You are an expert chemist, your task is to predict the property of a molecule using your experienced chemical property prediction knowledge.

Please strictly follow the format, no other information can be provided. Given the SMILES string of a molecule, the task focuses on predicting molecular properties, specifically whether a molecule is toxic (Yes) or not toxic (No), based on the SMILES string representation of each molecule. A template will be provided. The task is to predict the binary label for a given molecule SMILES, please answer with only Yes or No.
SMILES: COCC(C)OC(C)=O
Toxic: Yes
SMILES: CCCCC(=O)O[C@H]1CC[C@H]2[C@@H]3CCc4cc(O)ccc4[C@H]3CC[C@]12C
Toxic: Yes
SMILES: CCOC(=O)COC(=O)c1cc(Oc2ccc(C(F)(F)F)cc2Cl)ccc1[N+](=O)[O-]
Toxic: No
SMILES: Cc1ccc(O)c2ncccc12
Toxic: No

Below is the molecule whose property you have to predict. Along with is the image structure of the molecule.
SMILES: CCCCCCn1cc[n+](C)c1.O=S(=O)([N-]S(=O)(=O)C(F)(F)F)C(F)(F)F
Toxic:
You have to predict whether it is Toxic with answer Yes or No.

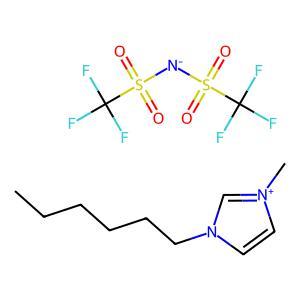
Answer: No